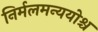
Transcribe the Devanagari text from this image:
निर्मलमन्ययोश्च